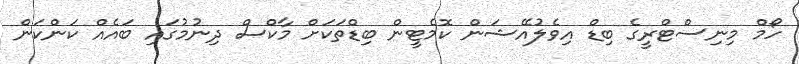
ހޯމް މިނިސްޓްރީގެ ބިޑް އިވެލުއޭޝަން ކޮމެޓީން ބިޑްތަކަށް މާކްސް ދިނުމުގައި ބައެއް ކަންކަން